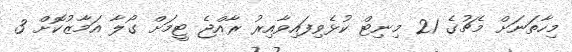
މިހާތަނަށް މެޗުގެ 21 މިނިޓް ކުޅެވިފައިވާއިރު ރާއްޖެ ޓީމަށް ގޯލާ އަމާޒުކޮށް 3